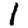
Digit: 1